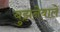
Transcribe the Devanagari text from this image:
बुझनेवाले